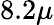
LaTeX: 8.2\mu